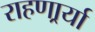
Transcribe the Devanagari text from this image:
राहणार्र्या